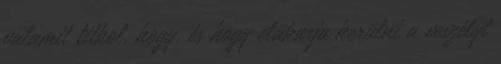
valamit titkol, hogy, és hogy elakarja kerülni a veszélyt